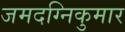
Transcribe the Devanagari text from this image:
जमदग्निकुमार